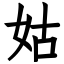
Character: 姑